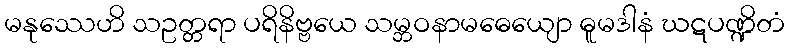
မနုဿေဟိ သဥတ္တရာ ပရိနိဗ္ဗယေ သမ္ဘဝနာမဓေယျော ဓူမဒါနံ ဃဋပဏ္ဍိတံ